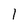
Character: l